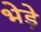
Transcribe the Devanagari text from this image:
भेडे़